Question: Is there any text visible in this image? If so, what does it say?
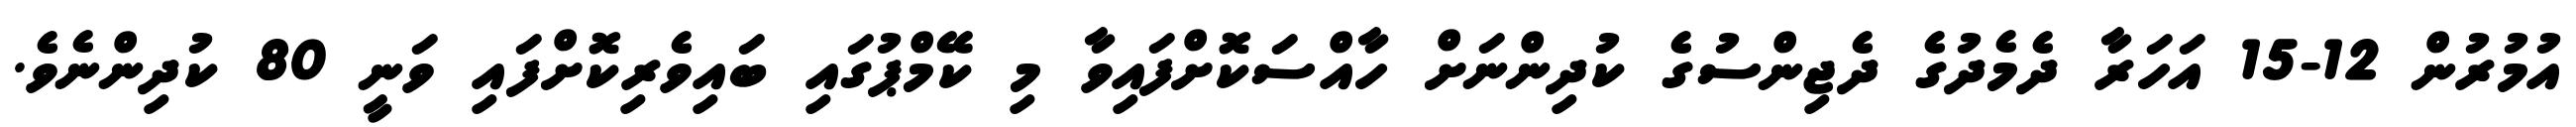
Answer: އުމުރުން 12-15 އަހަރާ ދެމެދުގެ ދެޖިންސުގެ ކުދިންނަށް ހާއްސަކޮށްފައިވާ މި ކޭމްޕުގައި ބައިވެރިކޮށްފައި ވަނީ 80 ކުދިންނެވެ.